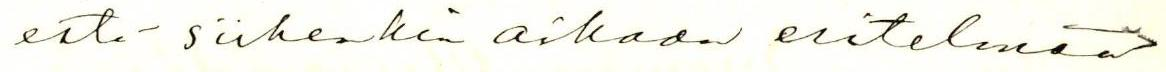
estä - siihenkin aikaan esitelmää